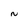
Character: N